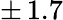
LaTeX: \pm\, 1.7